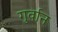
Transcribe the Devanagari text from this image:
गुर्वान